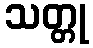
သတ္တု